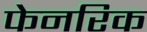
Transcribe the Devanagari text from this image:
फेनरिक